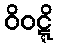
ဝိဝဋ္ဋိ